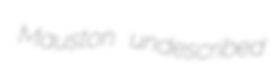
Mauston undescribed